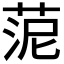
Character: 𦰫